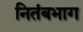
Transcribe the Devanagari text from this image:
नितंबभाग